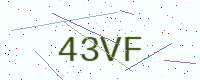
Text: 43VF